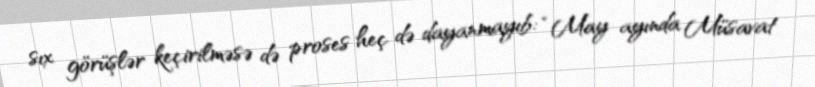
sıx görüşlər keçirilməsə də proses heç də dayanmayıb: “May ayında Müsavat